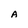
Character: A